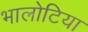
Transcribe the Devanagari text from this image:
भालोटिया